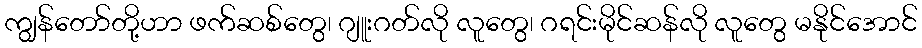
ကျွန်တော်တို့ဟာ ဖက်ဆစ်တွေ၊ ဂျူးဂတ်လို လူတွေ၊ ဂရင်းမိုင်ဆန်လို လူတွေ မနိုင်အောင်